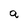
Character: a